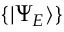
\{ | \Psi _ { E } \rangle \}